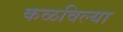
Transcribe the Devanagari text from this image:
कळविल्या